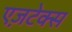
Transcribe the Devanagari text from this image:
एज़टेक्स